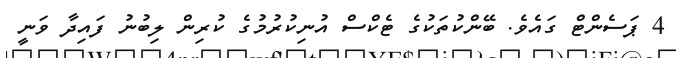
4 ޕަސެންޓް ގައެވެ. ބޭންކުތަކުގެ ޓެކްސް އުނިކުރުމުގެ ކުރިން ލިބުނު ފައިދާ ވަނީ